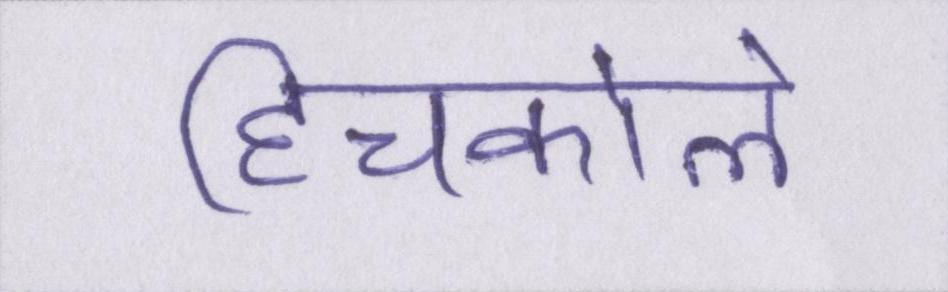
हिचकोले